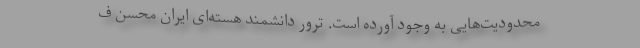
محدودیت‌هایی به وجود آورده است. ترور دانشمند هسته‌ای ایران محسن ف